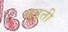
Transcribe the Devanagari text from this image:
मुडती